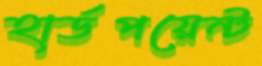
হার্ডপয়েন্ট